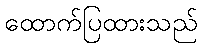
ထောက်ပြထားသည်